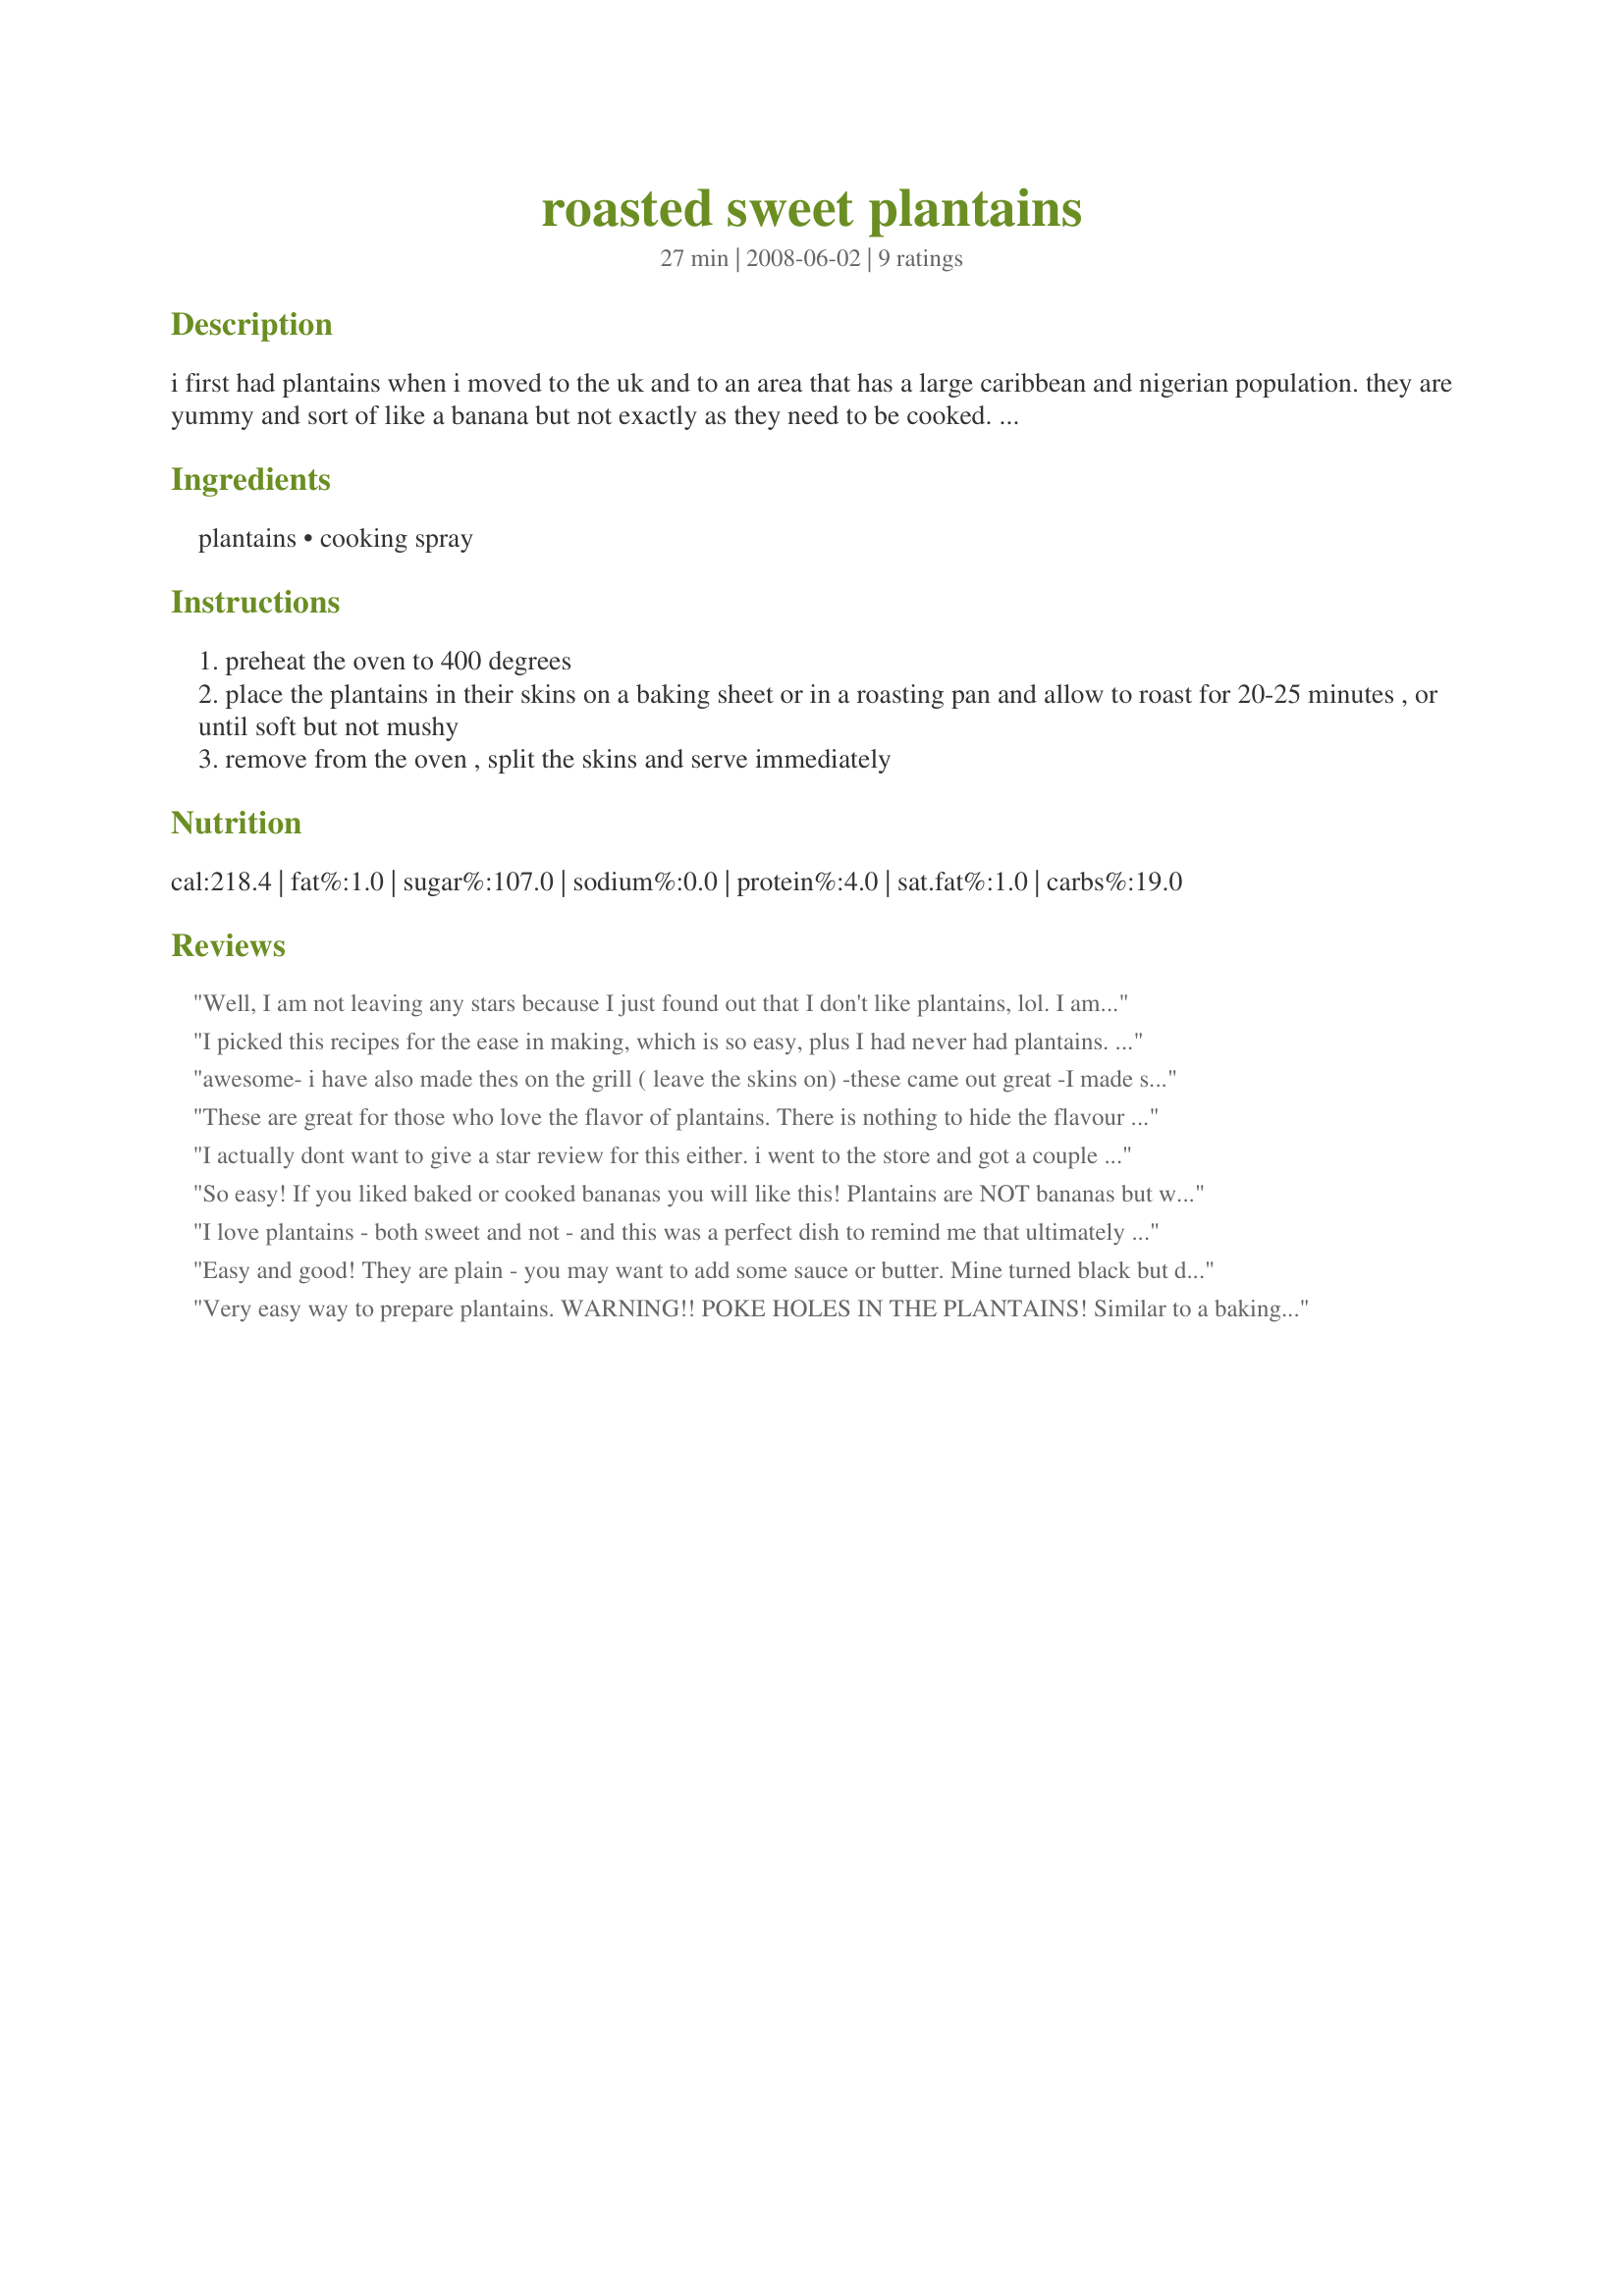
roasted sweet plantains
Preparation time: 27 minutes

i first had plantains when i moved to the uk and to an area that has a large caribbean and nigerian population. they are yummy and sort of like a banana but not exactly as they need to be cooked. this is a really easy way of trying out plantains without being afraid of what to do with them. you don't really need the cooking spray but it wouldn't let me post a recipe with just one ingredient.

Ingredients:
plantains, cooking spray

Steps:
preheat the oven to 400 degrees
place the plantains in their skins on a baking sheet or in a roasting pan and allow to roast for 20-25 minutes , or until soft but not mushy
remove from the oven , split the skins and serve immediately

Reviews:
Well, I am not leaving any stars because I just found out that I don't like plantains, lol. I am sure this recipe is a great one for those of you who enjoy. Made for the Babes of ZWT4.
I picked this recipes for the ease in making, which is so easy, plus I had never had plantains. Mine were not sweet like a banana, and less flavorful than a banana. I baked them 25 minutes and allowed them to cool a bit before eating. I think I would make a butter/brown sugar sauce to add on top of these next time. Thanks for posting Sarah Jayne as this was a great introduction to plantains!!!! Made for ZWT4.
awesome- i have also made thes on the grill ( leave the skins on) -these came out great -I made sure to use ripe( yellow and brown) plaintains. Thanks for this healthier version!
These are great for those who love the flavor of plantains. There is nothing to hide the flavour and the roasting brings out a nice sweetness to them. Made for ZWT4: Africa.
I actually dont want to give a star review for this either. i went to the store and got a couple plantains. i've never tried them before so i wanted to try this recipe cause its so simple!! but when i made them they were really bad.... turns out my mom told me my plantains weren't ripe yet! they were still green and i just didnt even take that into account before making them!!! so i totally messed up my plantains and didnt really get to try them out the way they are supposed 2 be! but this is a very very simple method and i'm sure they taste great when they are ripe!!! :P made for zwt4
So easy! If you liked baked or cooked bananas you will like this! Plantains are NOT bananas but when black or yellow/brown with lots of black spots- the semi sweet flavor has a touch of banana like taste. They are starchier - like a potato and stay firmer when cooked unlike a banana. This made a fast and energizing breakfast which I drizzled with a little honey. *Made for ZWT*
I love plantains - both sweet and not - and this was a perfect dish to remind me that ultimately it is the tropical fruit itself that helps those dishes soar. You really can't get easier than this. In my case the plantain popped out of it's blackened skin letting me know the soft sweet inside was ready. If you have never tried plantains this would be a great introduction.
Easy and good! They are plain - you may want to add some sauce or butter. Mine turned black but did not pop open. I sliced them open after 25 minutes and they weren't sweet, but starchy (similar to a potato) - more like a veggie than a fruit. If you let plantains get over-ripe and turn yellow, then they are naturally sweet and similar to bananas. I first had these in high school, at a Reggae bar in East Palo Alto, California where they were served as a side dish on the buffet similar to this, but with some kind of butter or oil.
Very easy way to prepare plantains. WARNING!! POKE HOLES IN THE PLANTAINS! Similar to a baking potato, they can explode if you don't poke some holes in the skin. Lesson learned the hard way... :-0 Tastes great though especially if you add butter and brown sugar although butter and a sprinkle of salt is good too.
